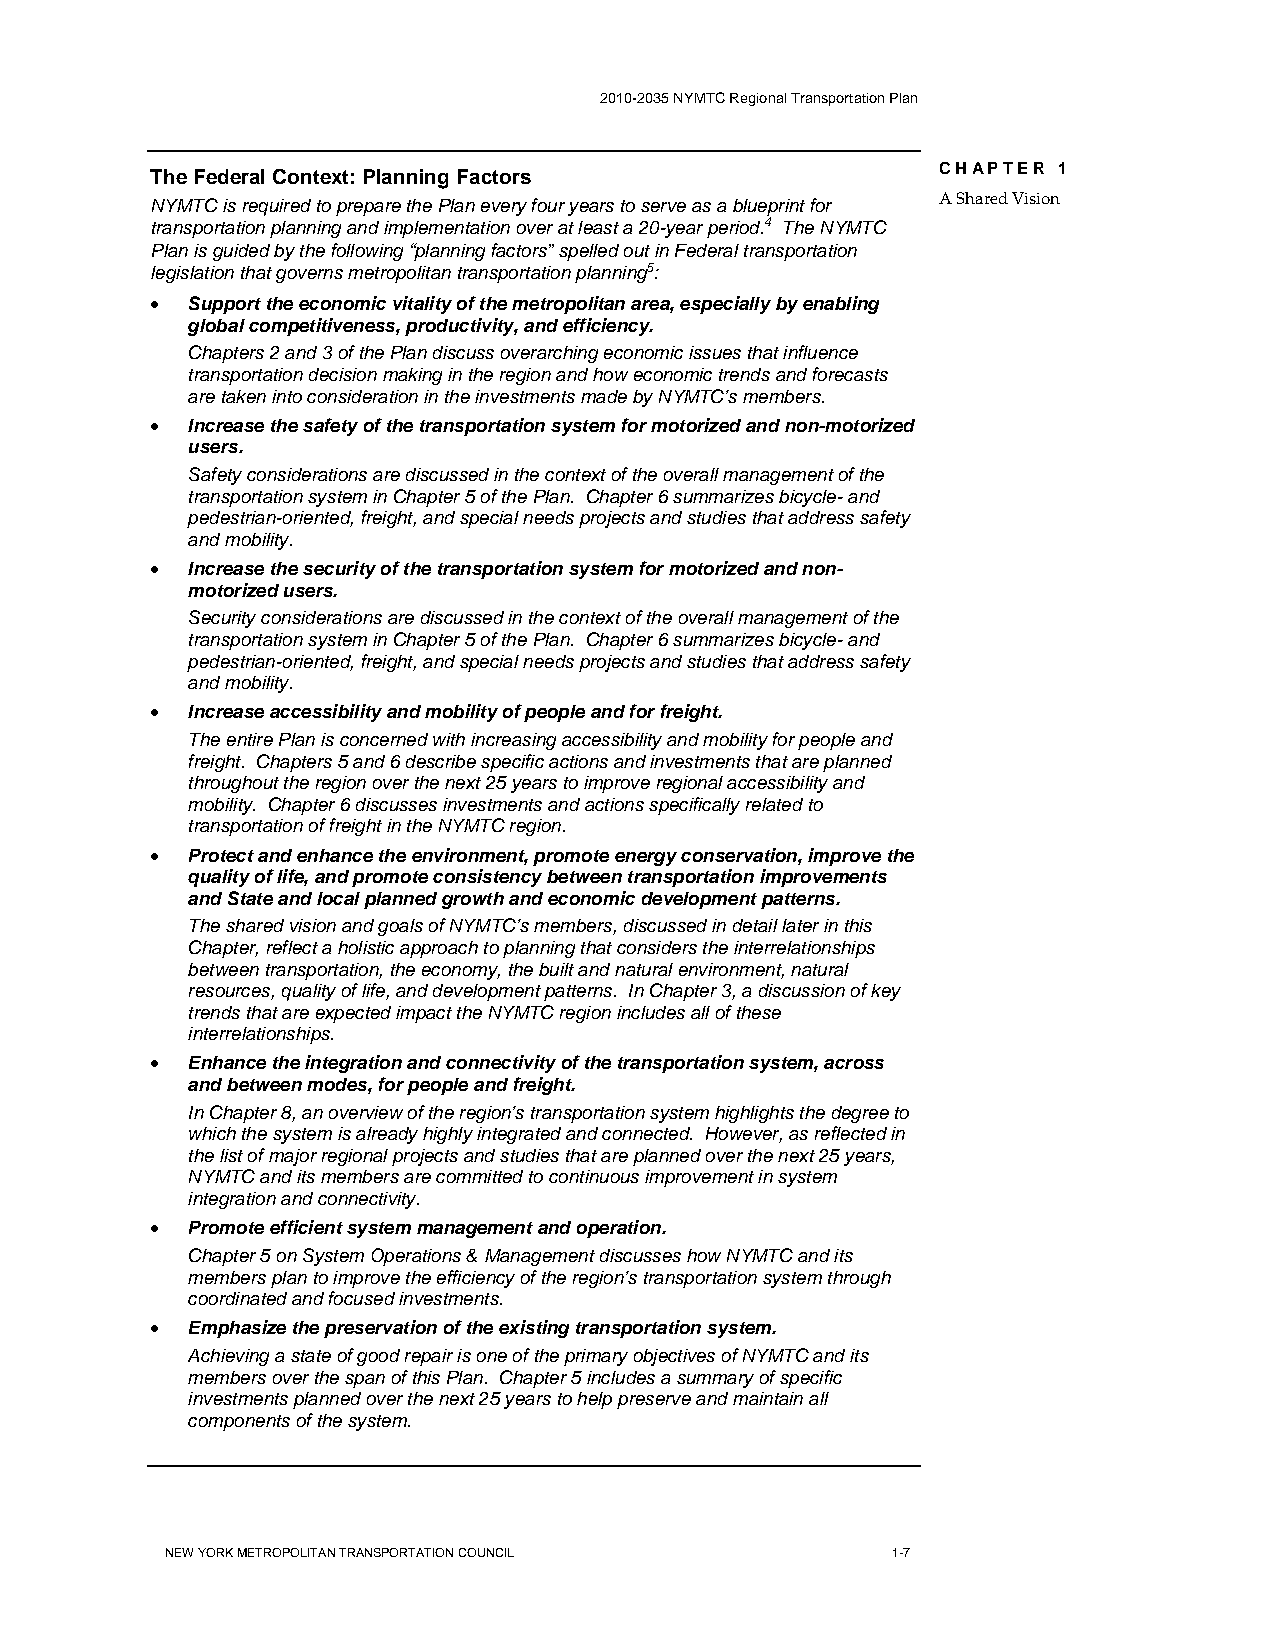
2010-2035 NYMTC Regional Transportation Plan
 CHAPTER 1
 The Federal Context: Planning Factors
 NYMTC is required to prepare the Plan every four years to serve as a blueprint for A Shared Vision
 transportation planning and implementation over at least a 20-year period.4 The NYMTC
 Plan is guided by the following “planning factors” spelled out in Federal transportation
 legislation that governs metropolitan transportation planning5:
 • Support the economic vitality of the metropolitan area, especially by enabling
 global competitiveness, productivity, and efficiency.
 Chapters 2 and 3 of the Plan discuss overarching economic issues that influence
 transportation decision making in the region and how economic trends and forecasts
 are taken into consideration in the investments made by NYMTC’s members.
 • Increase the safety of the transportation system for motorized and non-motorized
 users.
 Safety considerations are discussed in the context of the overall management of the
 transportation system in Chapter 5 of the Plan. Chapter 6 summarizes bicycle- and
 pedestrian-oriented, freight, and special needs projects and studies that address safety
 and mobility.
 • Increase the security of the transportation system for motorized and non-
 motorized users.
 Security considerations are discussed in the context of the overall management of the
 transportation system in Chapter 5 of the Plan. Chapter 6 summarizes bicycle- and
 pedestrian-oriented, freight, and special needs projects and studies that address safety
 and mobility.
 • Increase accessibility and mobility of people and for freight.
 The entire Plan is concerned with increasing accessibility and mobility for people and
 freight. Chapters 5 and 6 describe specific actions and investments that are planned
 throughout the region over the next 25 years to improve regional accessibility and
 mobility. Chapter 6 discusses investments and actions specifically related to
 transportation of freight in the NYMTC region.
 • Protect and enhance the environment, promote energy conservation, improve the
 quality of life, and promote consistency between transportation improvements
 and State and local planned growth and economic development patterns.
 The shared vision and goals of NYMTC’s members, discussed in detail later in this
 Chapter, reflect a holistic approach to planning that considers the interrelationships
 between transportation, the economy, the built and natural environment, natural
 resources, quality of life, and development patterns. In Chapter 3, a discussion of key
 trends that are expected impact the NYMTC region includes all of these
 interrelationships.
 • Enhance the integration and connectivity of the transportation system, across
 and between modes, for people and freight.
 In Chapter 8, an overview of the region’s transportation system highlights the degree to
 which the system is already highly integrated and connected. However, as reflected in
 the list of major regional projects and studies that are planned over the next 25 years,
 NYMTC and its members are committed to continuous improvement in system
 integration and connectivity.
 • Promote efficient system management and operation.
 Chapter 5 on System Operations & Management discusses how NYMTC and its
 members plan to improve the efficiency of the region’s transportation system through
 coordinated and focused investments.
 • Emphasize the preservation of the existing transportation system.
 Achieving a state of good repair is one of the primary objectives of NYMTC and its
 members over the span of this Plan. Chapter 5 includes a summary of specific
 investments planned over the next 25 years to help preserve and maintain all
 components of the system.
 NEW YORK METROPOLITAN TRANSPORTATION COUNCIL    1-7